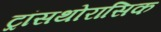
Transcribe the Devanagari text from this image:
ट्रांसथोरासिक